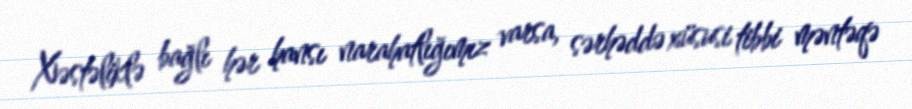
Xəstəliklə bağlı hər hansı narahatlığımız varsa, sərhəddə xüsusi tibbi məntəqə